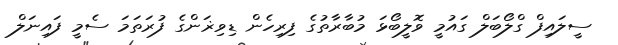
ސީލައިފް ގްލޯބަލް ގައުމީ ވޮލީބޯޅަ މުބާރާތުގެ ފިރިހެން ޑިވިޜަންގެ ފުރަތަމަ ސެމީ ފައިނަލް